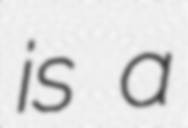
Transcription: is a